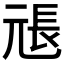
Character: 𭀫